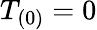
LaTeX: T_{(0)}=0